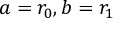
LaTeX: a = r _ { 0 } , b = r _ { 1 }